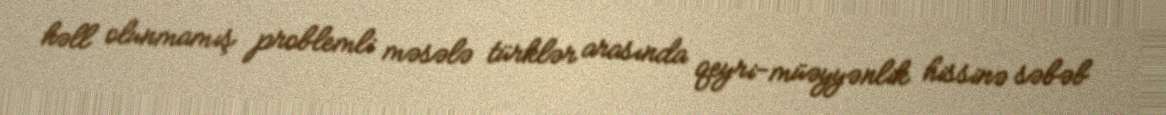
həll olunmamış problemli məsələ türklər arasında qeyri-müəyyənlik hissinə səbəb